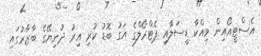
އެސްޓީއޯއިން ވިއްކާ ޑީސަލާއި ޕެޓްރޯލްގެ އަގު ބޮޑު ކުރި އިރު ދުނިޔޭގެ ބާޒާރުގައި